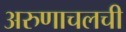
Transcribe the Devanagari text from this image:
अरुणाचलची